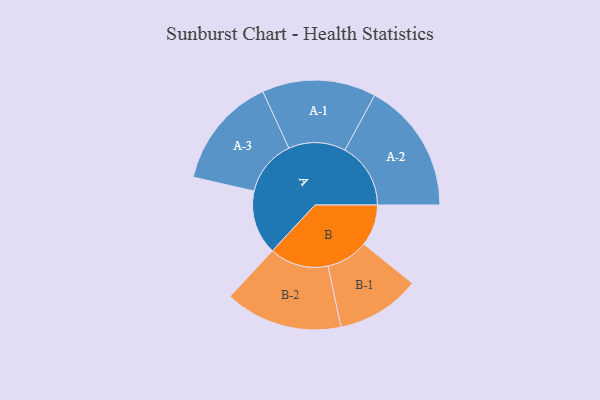
{"axis": {"x": "Segment", "y": "Value"}, "legend": ["", "A", "B"], "data": [{"x": "A", "y": 277, "type": ""}, {"x": "B", "y": 179, "type": ""}, {"x": "A-1", "y": 246, "type": "A"}, {"x": "A-2", "y": 284, "type": "A"}, {"x": "A-3", "y": 242, "type": "A"}, {"x": "B-1", "y": 181, "type": "B"}, {"x": "B-2", "y": 254, "type": "B"}]}